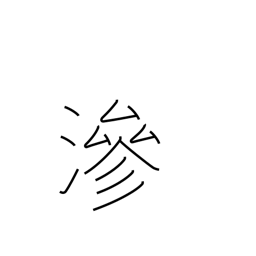
Meaning: imbued with